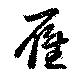
雁